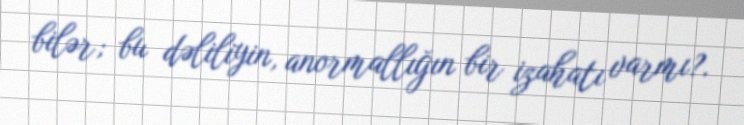
bilər; bu dəliliyin, anormallığın bir izahatı varmı?.